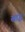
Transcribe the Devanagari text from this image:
स्राद्ध